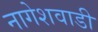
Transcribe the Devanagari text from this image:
नागेशवाडी